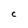
Character: C